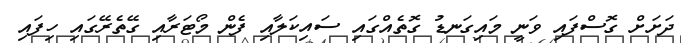
ދަށަށް ގޮސްފައި ވަނީ މައިގަނޑު ގޮތެއްގައި ސައިކަލާއި ފެން މޯޓަރާއި ގޭތެރޭގައި ހިފައި